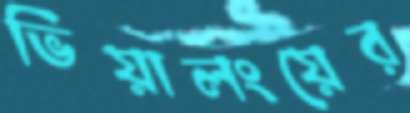
ভিয়ালংয়ের